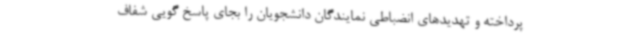
پرداخته و تهدیدهای انضباطی نمایندگان دانشجویان را بجای پاسخ گویی شفاف